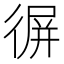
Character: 𢔧